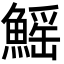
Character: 鰩